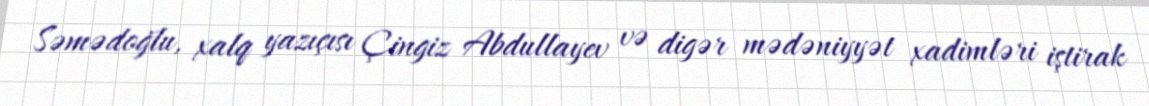
Səmədoğlu, xalq yazıçısı Çingiz Abdullayev və digər mədəniyyət xadimləri iştirak